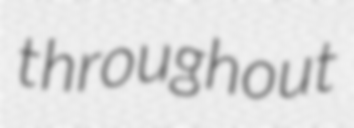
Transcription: throughout